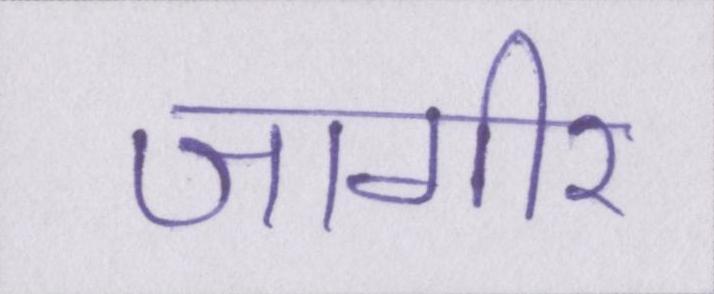
जागीर